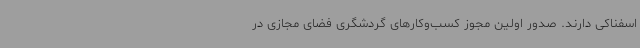
اسفناکی دارند. صدور اولین مجوز کسب‌وکارهای گردشگری فضای مجازی در